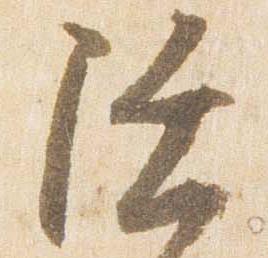
陸